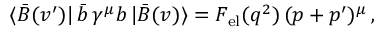
\langle \bar { B } ( v ^ { \prime } ) | \, \bar { b } \, \gamma ^ { \mu } b \, | \bar { B } ( v ) \rangle = F _ { \mathrm { e l } } ( q ^ { 2 } ) \, ( p + p ^ { \prime } ) ^ { \mu } \, ,